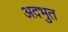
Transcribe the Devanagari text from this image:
अद़भुत